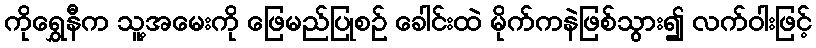
ကိုရွှေနီက သူ့အမေးကို ဖြေမည်ပြုစဉ် ခေါင်းထဲ မိုက်ကနဲဖြစ်သွား၍ လက်ဝါးဖြင့်